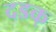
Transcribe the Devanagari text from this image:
दडक्